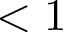
< 1